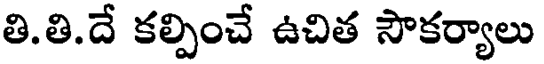
తి.తి.దే కల్పించే ఉచిత సౌకర్యాలు